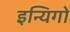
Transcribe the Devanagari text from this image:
इन्यिगो